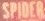
SPIDER